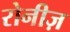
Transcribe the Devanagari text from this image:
रोनीज़